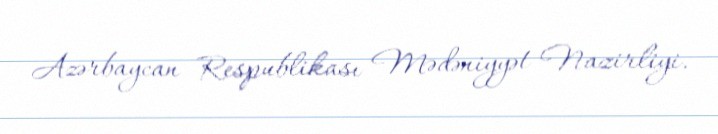
Azərbaycan Respublikası Mədəniyyət Nazirliyi.